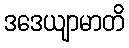
ဒဒေယျာမာတိ